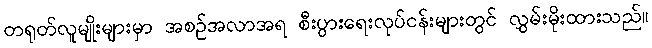
တရုတ်လူမျိုးများမှာ အစဉ်အလာအရ စီးပွားရေးလုပ်ငန်းများတွင် လွှမ်းမိုးထားသည်။